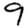
Digit: 9